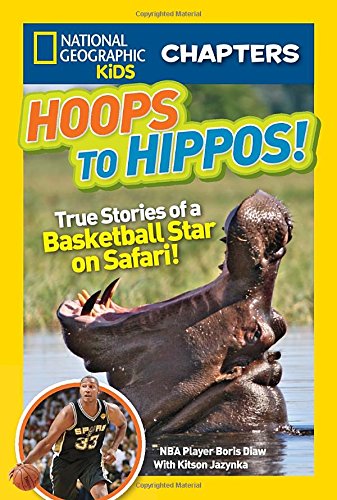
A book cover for National Geographic Kids Chapters: Hoops to Hippos!: True Stories of a Basketball Star on Safari (NGK Chapters); Boris Diaw; Children's Books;